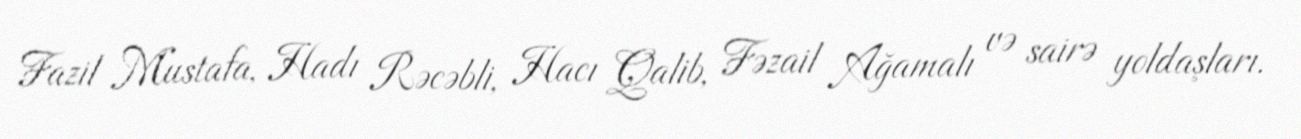
Fazil Mustafa, Hadı Rəcəbli, Hacı Qalib, Fəzail Ağamalı və sairə yoldaşları.